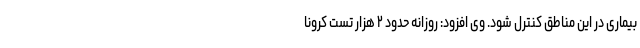
بیماری در این مناطق کنترل شود. وی افزود: روزانه حدود ۲ هزار تست کرونا